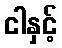
ငါနှင့်